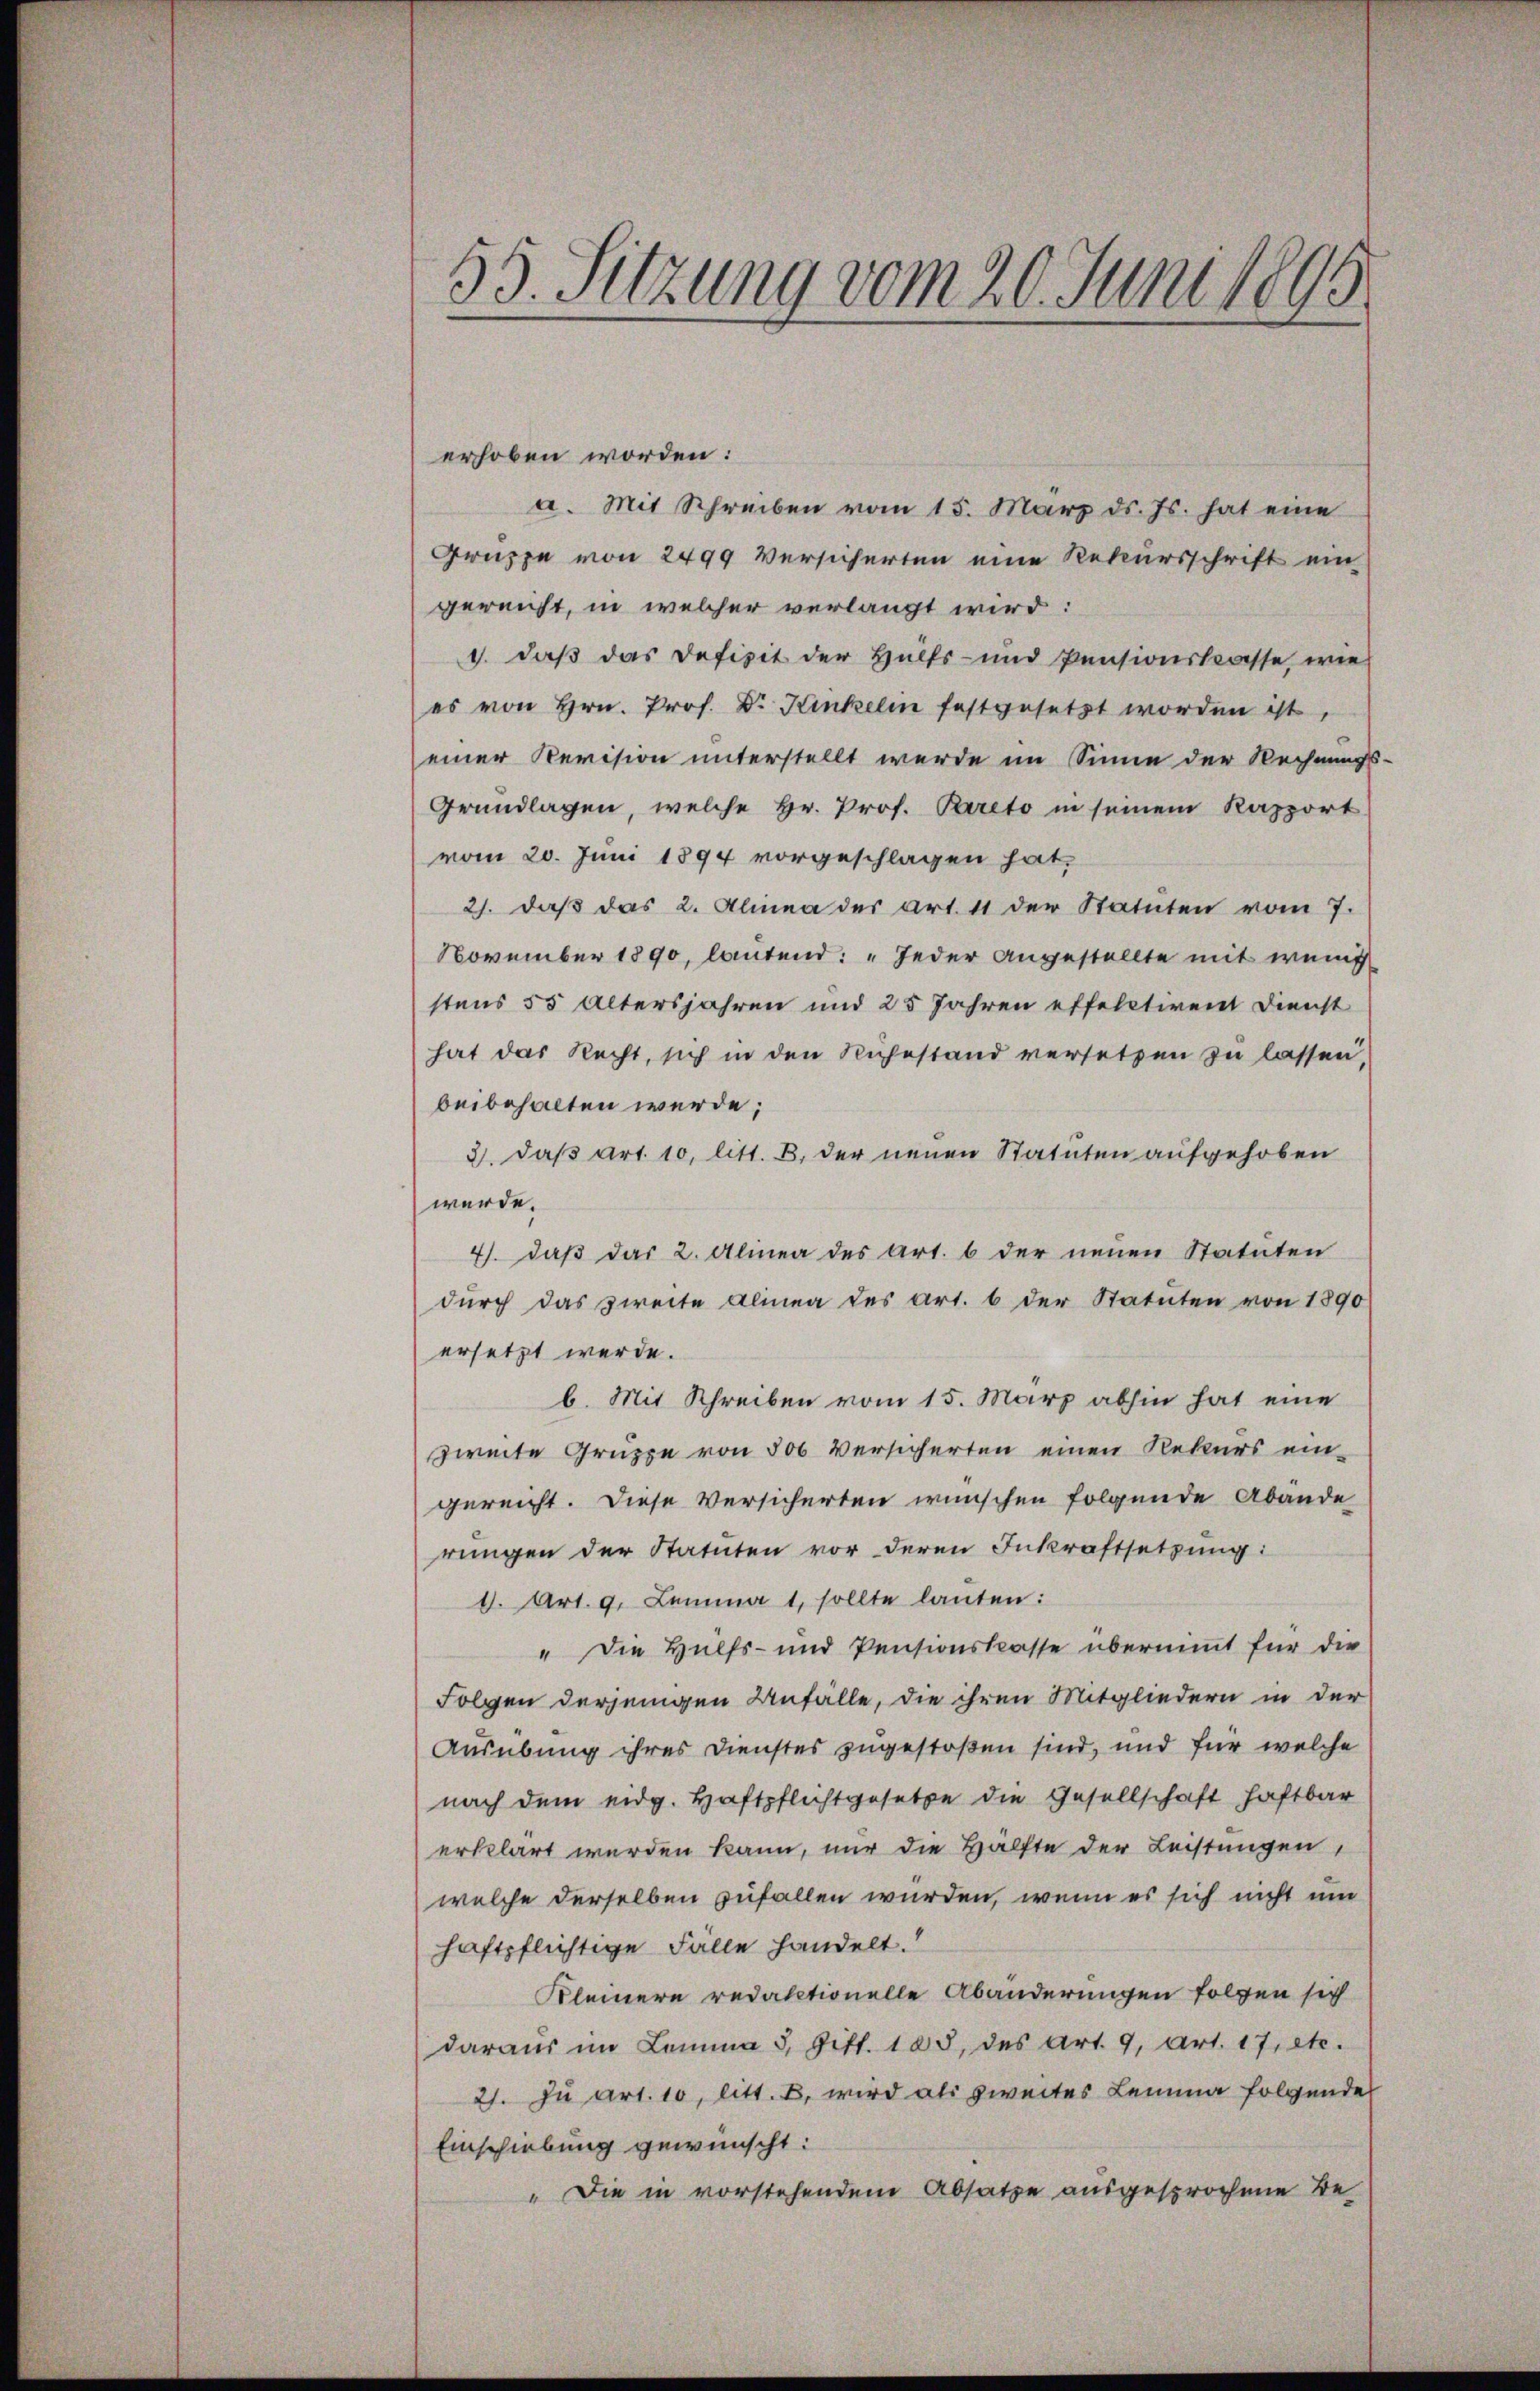
55. Sitzung vom 20. Juni 1895

erhoben worden:
a. Mit Schreiben vom 15. März d. Js. hat eine
Gruppe von 2499 Versicherten eine Rekursschrift ein
gereicht, in welcher verlangt wird:
1. daß das Defizit der Hülfs- und Pensionskasse, wie
es von Hrn. Prof. Dr. Kinkelin festgesetzt worden ist
einer Revision unterstellt werde im Sinne der Rechnungs-
Grundlagen, welche Hr. Prof. Pareto in seinem Kapport
vom 20. Juni 1894 vorgeschlagen hat,
21. daβ das 2. Alinea der Art. 11 der Statuten vom 7.
November 1890, lautend: „Jeder angestellte mit wenig
stens 55 Altersjahren und 25 Jahren effelctivent Dienst
hat das Recht, sich in den Ruhestand versetzen zu lassen,
beibehalten werde;
3. daß Art. 10, litt. B. der neuen Statuten aufgehoben
werde.
4). Daß das 2. Alinea des Art. 6 der neuen Statuten
dŭrch das zweite Alinea des Art. 6 der Statuten von 1890
ersetzt werde.
b. Mit Schreiben vom 15. März abhin hat eine
zweite Gruppe von 500 versicherten einen Rekurs ein-
gereicht. Diese Versicherten wünschen folgende Abände
rungen der Statuten vor deren Inkraftsetzŭng:
d. Art. 9. Lemma 1 sollte lauten:
" Die Hülfs- und Pensionskasse übernimmt für die
Folgen derjenigen Unfälle, die ihren Mitgliedern in der
Ausübung ihres Dienstes zugestoßen sind, und für welche
nach dem eidg. Haftpflichtgesetze die Gesellschaft haftbar
erklärt werden kann, nur die Hälfte der Leistungen,
welche derselben zufallen wurden, wenn es sich nicht um
haftpflichtige Fälle handelt.
Kleinere redaktionelle Abänderungen folgen sich
daraus im Lemma 5, Bitt. 105, des Art. 9, Art. 17, etc.
2. Zu art. 10, litt. B. wird als zweites Lemma folgende
Einschiebung gewünscht:
" Die in vorstehendem Absatze ausgesprochene Be¬